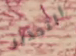
التحذير